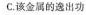
C.该金属的选出功